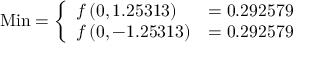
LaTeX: { \mathrm { M i n } } = { \left\{ \begin{array} { l l } { f \left( 0 , 1 . 2 5 3 1 3 \right) } & { = 0 . 2 9 2 5 7 9 } \\ { f \left( 0 , - 1 . 2 5 3 1 3 \right) } & { = 0 . 2 9 2 5 7 9 } \end{array} \right. }